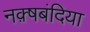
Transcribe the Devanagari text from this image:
नक़्षबंदिया